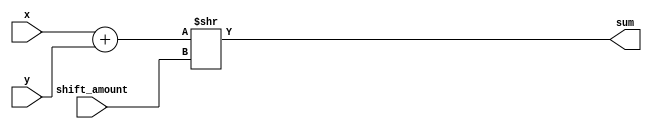
module fixed_point_adder (
    input [15:0] x,
    input [15:0] y,
    input [3:0] shift_amount,
    output [15:0] sum
);

// Fixed-point adder
reg [15:0] partial_sum;
assign sum = partial_sum >> shift_amount;

always @* begin
    partial_sum = x + y;
end

endmodule